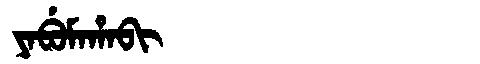
Manchu: ᠶᠠᠪᡠᠮᠠᡥᠠᠪᡳ
Romanization: YABUMAHABI